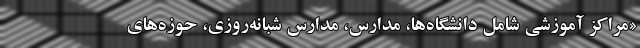
«مراکز آموزشی شامل دانشگاه‌ها، مدارس، مدارس شبانه‌روزی، حوزه‌های